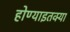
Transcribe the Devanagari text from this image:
होण्याइतक्या